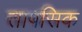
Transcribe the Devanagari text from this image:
तापसिक